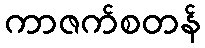
ကာဇက်စတန်